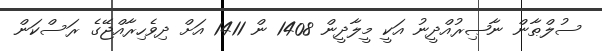
ސުލްޠާން ނާޞިރުއްދީނު އަކީ މީލާދީން 1408 ން 1411 އަށް ދިވެހިރާއްޖޭގެ ރަސްކަން